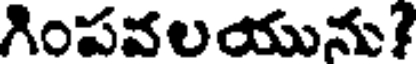
గింపవలయును?